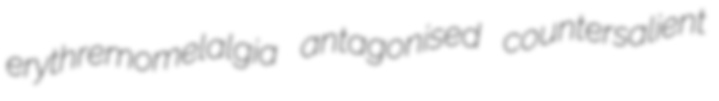
erythremomelalgia antagonised countersalient